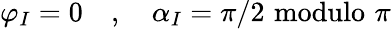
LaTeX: \varphi_{I}=0\quad,\quad\alpha_{I}=\pi/2\, \, \mathrm{modulo}\, \, \pi